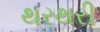
થરથરી